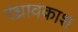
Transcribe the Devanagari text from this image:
रंध्रावकाश